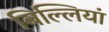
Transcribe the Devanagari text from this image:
बिल्‍लियां